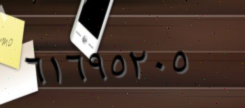
٦١٦٩٥٢٠٥